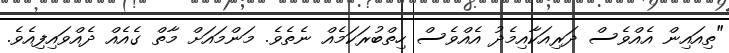
"ތިއައިން އެއްވެސް ދަރިއަކާއިމެދު އެއްވެސް ހިތްބުރަކަމެއް ނެތެވެ. މަންމައަށް މާތް ގެއެއް ދެއްވައިފިއެވެ.